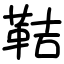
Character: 鞊